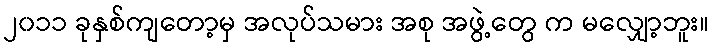
၂၀၁၁ ခုနှစ်ကျတော့မှ အလုပ်သမား အစု အဖွဲ့တွေ က မလျှော့ဘူး။